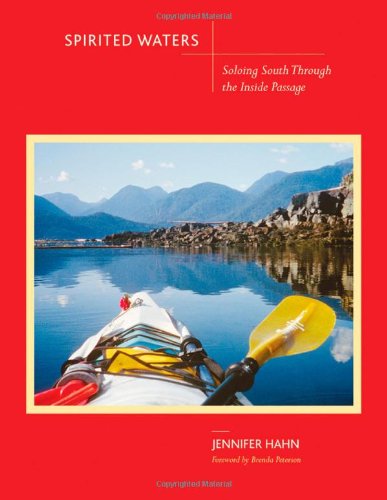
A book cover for Spirited Waters: Soloing South Through the Inside Passage; Jennifer Hahn; Sports & Outdoors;